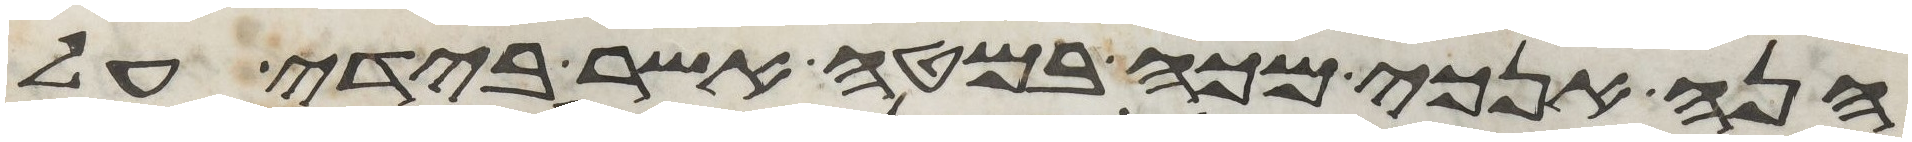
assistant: הנה אנכי מכה במטה אשר בידי על